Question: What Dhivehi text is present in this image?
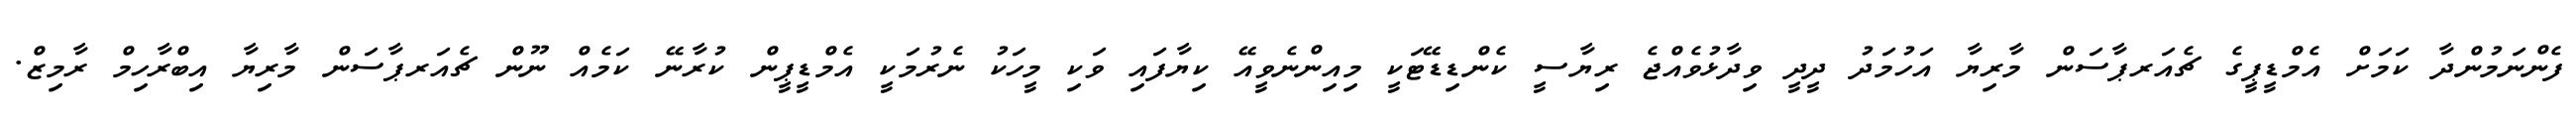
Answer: ފެންނަމުންދާ ކަމަށް އެމްޑީޕީގެ ޗެއަރޕާސަން މާރިޔާ އަހުމަދު ދީދީ ވިދާޅުވެއްޖެ ރިޔާސީ ކެންޑިޑޭޓަކީ މިއިންނެވީއޭ ކިޔާފައި ވަކި މީހަކު ނެރުމަކީ އެމްޑީޕީން ކުރާނޭ ކަމެއް ނޫން ޗެއަރޕާސަން މާރިޔާ އިބްރާހިމް ރާމިޒް.